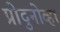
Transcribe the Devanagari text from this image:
प्रोदुनोव्हा